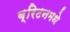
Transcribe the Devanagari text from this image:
ब्रिटनमधे